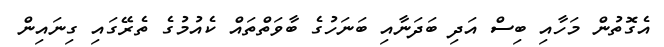
އެގޮތުން މަހާއި ބިސް އަދި ބަދަނާއި ބަނަހުގެ ބާވަތްތައް ކެއުމުގެ ތެރޭގައި ގިނައިން